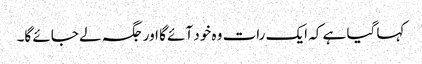
کہا گیا ہے کہ ایک رات وہ خود آئے گا اور جگہ لے جائے گا۔